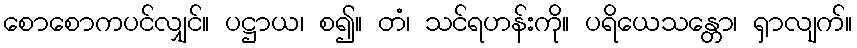
စောစောကပင်လျှင်။ ပဋ္ဌာယ၊ စ၍။ တံ၊ သင်ရဟန်းကို။ ပရိယေသန္တော၊ ရှာလျက်။